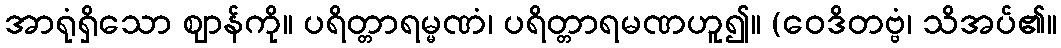
အာရုံရှိသော ဈာန်ကို။ ပရိတ္တာရမ္မဏံ၊ ပရိတ္တာရမဏဟူ၍။ (ဝေဒိတဗ္ဗံ၊ သိအပ်၏။